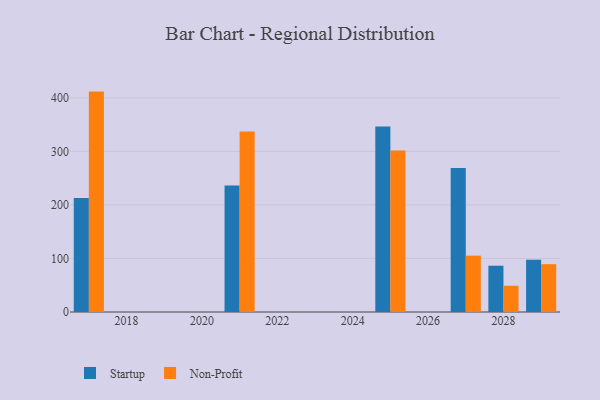
{"axis": {"x": "Year", "y": "Backlog"}, "legend": ["Non-Profit", "Startup"], "data": [{"x": "2025", "y": 346.2, "type": "Startup"}, {"x": "2025", "y": 301.4, "type": "Non-Profit"}, {"x": "2029", "y": 97.6, "type": "Startup"}, {"x": "2029", "y": 89.3, "type": "Non-Profit"}, {"x": "2027", "y": 268.9, "type": "Startup"}, {"x": "2027", "y": 105.2, "type": "Non-Profit"}, {"x": "2021", "y": 236.4, "type": "Startup"}, {"x": "2021", "y": 337.0, "type": "Non-Profit"}, {"x": "2017", "y": 212.7, "type": "Startup"}, {"x": "2017", "y": 411.5, "type": "Non-Profit"}, {"x": "2028", "y": 86.4, "type": "Startup"}, {"x": "2028", "y": 49.0, "type": "Non-Profit"}]}